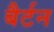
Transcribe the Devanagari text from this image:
बैर्टन